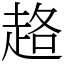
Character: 䞦